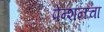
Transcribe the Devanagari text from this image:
पेन्शनचा